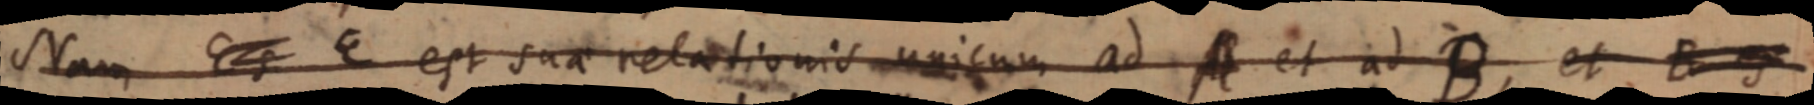
Nam Es E est sua relationis unicum ad A et ad B, et B